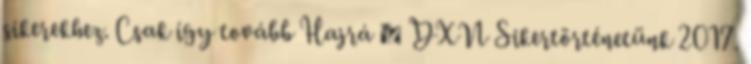
sikerekhez. Csak így tovább Hajrá 🙂 DXN Sikertörténetünk 2017.